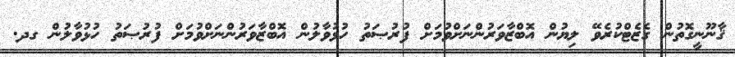
ޤާނޫނީގޮތުން ގެޒެޓްކުރެވޭ ލިޔުން އޮބްޒާވަރުންނަށްވުމަށް ފުރުޞަތު ހުޅުވާލުން އޮބްޒާވަރުންނަށްވުމަށް ފުރުޞަތު ހުޅުވާލުން ގދ.